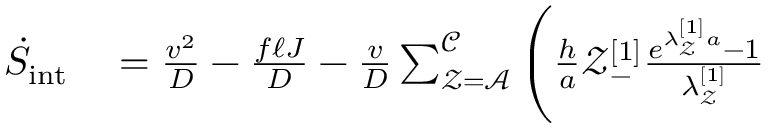
\begin{array} { r l } { \dot { S } _ { \mathrm { i n t } } } & { { } = \frac { v ^ { 2 } } { D } - \frac { f \ell J } { D } - \frac { v } { D } \sum _ { \mathcal { Z } = \mathcal { A } } ^ { \mathcal { C } } \Bigg ( \frac { h } { a } \mathcal { Z } _ { - } ^ { [ 1 ] } \frac { e ^ { \lambda _ { \mathcal { Z } } ^ { [ 1 ] } a } - 1 } { \lambda _ { \mathcal { Z } } ^ { [ 1 ] } } } \end{array}